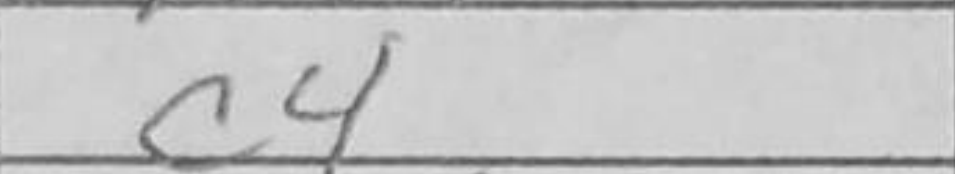
Transcription: c4